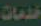
خدمات